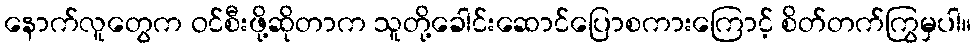
နောက်လူတွေက ဝင်စီးဖို့ဆိုတာက သူတို့ခေါင်းဆောင်ပြောစကားကြောင့် စိတ်တက်ကြွမှပါ။